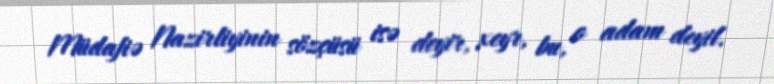
Müdafiə Nazirliyinin sözçüsü isə deyir, xeyr, bu, o adam deyil.